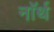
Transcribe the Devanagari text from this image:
नाॅर्थ